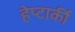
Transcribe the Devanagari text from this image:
हेप्टार्की